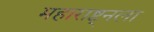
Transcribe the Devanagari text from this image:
महाराष्ट्नला